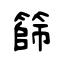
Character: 篩